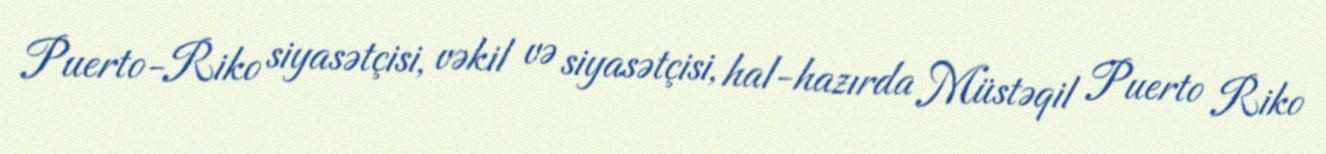
Puerto-Riko siyasətçisi, vəkil və siyasətçisi, hal-hazırda Müstəqil Puerto Riko